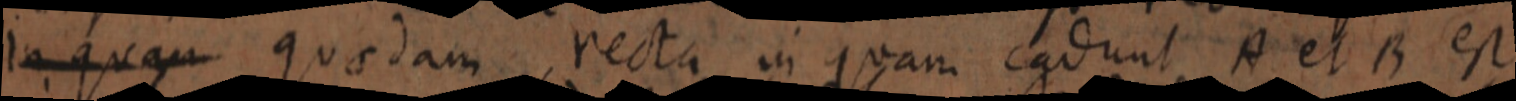
in quam quaedam recta in quam cadunt A et B est